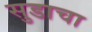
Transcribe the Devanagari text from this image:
सुडाचा